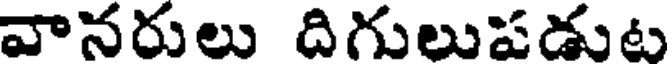
వానరులు దిగులుపడుట